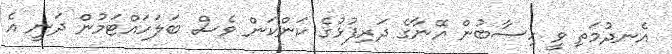
އެނދުމަތި ވީ ހިސާބުން އޭނާގެ ދަރިފުޅުގެ ކަންކަން ވެސް ބަލަހައްޓަމުން ދަނީ އެ